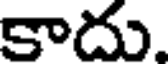
కాదు.